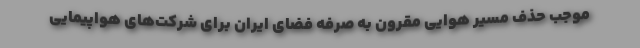
موجب حذف مسیر هوایی مقرون به صرفه فضای ایران برای شرکت‌های هواپیمایی